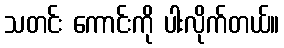
သတင်း ကောင်းကို ပါးလိုက်တယ်။